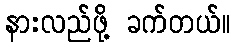
နားလည်ဖို့ ခက်တယ်။